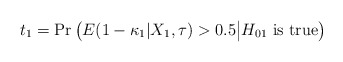
\begin{align*} t_1=\Pr\big(E(1-\kappa_1|X_1,\tau) > 0.5\big|H_{01} \mbox{ is true}\big) \end{align*}